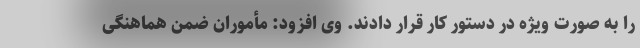
را به صورت ویژه در دستور کار قرار دادند. وی افزود: مأموران ضمن هماهنگی